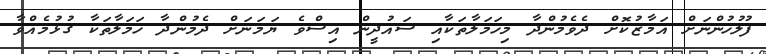
ފުލުހުންނަށް އަމާޒުކޮށް ދެވެމުންދާ މިހަމަލާތަކާއި ސައުދީން އިސްވެ ޔަމަނަށް ދެމުންދާ ހަމަލާތަކާ ގުޅުމެއްވާ